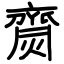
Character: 齌